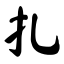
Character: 扎